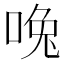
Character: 𰇳